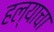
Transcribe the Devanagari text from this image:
हल्याचा